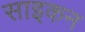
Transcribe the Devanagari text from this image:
साइकन